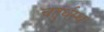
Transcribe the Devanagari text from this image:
चतुर्थस्थ